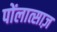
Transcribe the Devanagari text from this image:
पोंलात्साज़